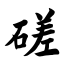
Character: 磋